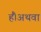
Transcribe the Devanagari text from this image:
हैं।अथवा